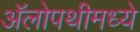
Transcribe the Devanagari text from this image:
अॅलोपथीमध्ये